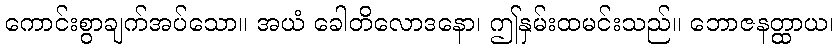
ကောင်းစွာချက်အပ်သော။ အယံ ခေါတိလောဒနော၊ ဤနှမ်းထမင်းသည်။ ဘောဇနတ္ထာယ၊